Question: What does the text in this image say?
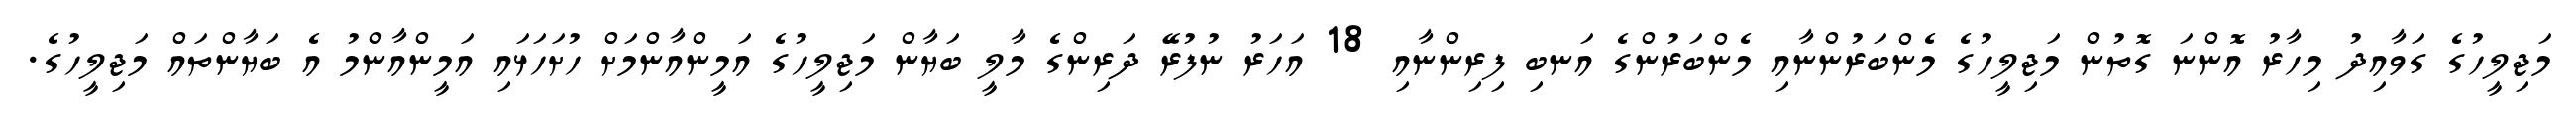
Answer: މަޖިލީހުގެ ގަވާއިދު މިހާރު އޮންނަ ގޮތުން މަޖިލީހުގެ މެންބަރުންނާއި މެންބަރުންގެ އަނބި ފިރިންނާއި 18 އަހަރު ނުފުރޭ ދަރިންގެ މާލީ ބަޔާން މަޖިލީހުގެ އަމީންއާންމަށް ހުށަހަޅައި އަމީންއާންމު އެ ބަޔާންތައް މަޖިލީހުގެ.